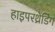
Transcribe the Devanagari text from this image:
हाइपरथ्रेडिंग